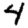
Digit: 4